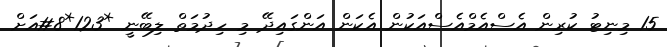
15 މިނިޓު ކުރިން އެސްއެމްއެސްއަކުން އެކަން އަންގައިދޭ މި ހިދުމަތް ލިބޭނީ *123*8#އަށް